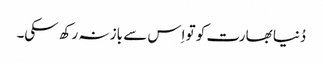
دُنیا بھارت کو تو اِس سے باز نہ رکھ سکی۔